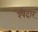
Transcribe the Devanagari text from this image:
रेषेदार